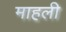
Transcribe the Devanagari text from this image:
माहली